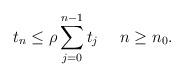
LaTeX: \begin{align*}t_n\leq \rho \sum_{j=0}^{n-1} t_{j} \quad\ n\geq n_0.\end{align*}